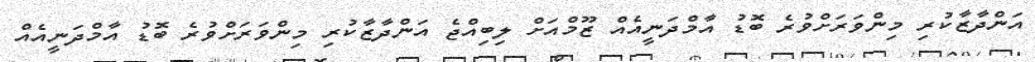
އަންދާޒާކުރި މިންވަރަށްވުރެ ބޮޑު އާމްދަނީއެއް ޒޫމްއަށް ލިބިއްޖެ އަންދާޒާކުރި މިންވަރަށްވުރެ ބޮޑު އާމްދަނީއެއް